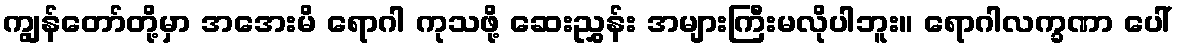
ကျွန်တော်တို့မှာ အအေးမိ ရောဂါ ကုသဖို့ ဆေးညွှန်း အများကြီးမလိုပါဘူး။ ရောဂါလက္ခဏာ ပေါ်